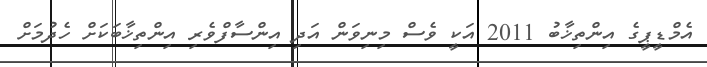
އެމްޑީޕީގެ އިންތިޚާބު 2011 އަކީ ވެސް މިނިވަން އަދި އިންސާފްވެރި އިންތިޚާބަކަށް ހެދުމަށް